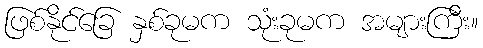
ဖြစ်နိုင်ခြေ နှစ်ခုမက သုံးခုမက အများကြီး။